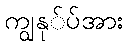
ကျွနု်ပ်အား